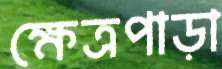
ক্ষেত্রপাড়া